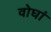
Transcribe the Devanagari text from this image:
वोघां